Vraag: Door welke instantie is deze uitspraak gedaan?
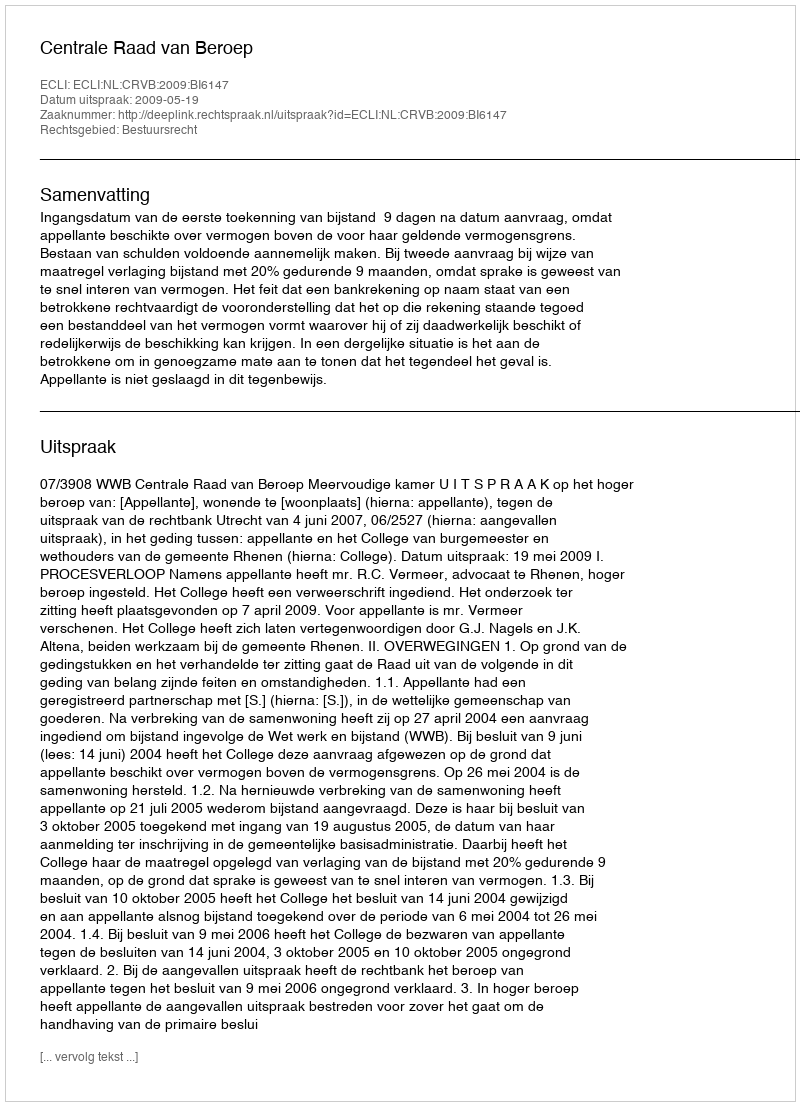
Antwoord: Centrale Raad van Beroep